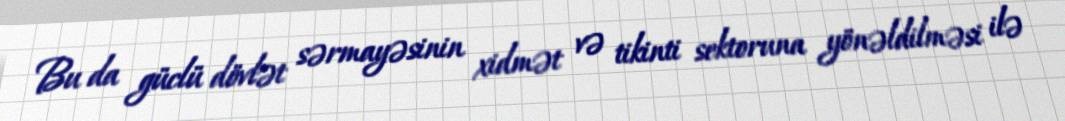
Bu da güclü dövlət sərmayəsinin xidmət və tikinti sektoruna yönəldilməsi ilə